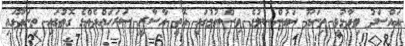
އައްސަދު ވިދާޅުވީ ތިނަދޫ ކައުންސިލުގެ ވިސްނުމުގައި އޮތީ އާސާރީ ސަރަަހައްދެއްގެ ގޮތުގައި ތިނަދޫގައި